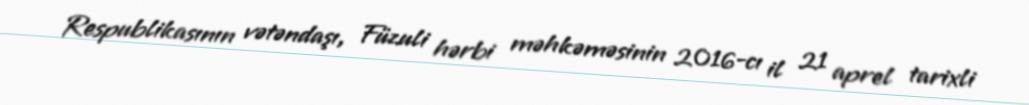
Respublikasının vətəndaşı, Füzuli hərbi məhkəməsinin 2016-cı il 21 aprel tarixli